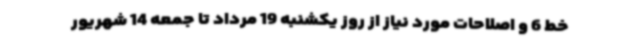
خط 6 و اصلاحات مورد نیاز از روز یکشنبه 19 مرداد تا جمعه 14 شهریور